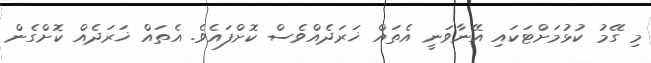
މި ގޭމު ކުޅުމަށްޓަކައި އޭނާވަނީ އެތައް ޚަރަދެއްވެސް ކޮށްފައެވެ. އެތައް ޚަރަދެއް ކޮށްގެން